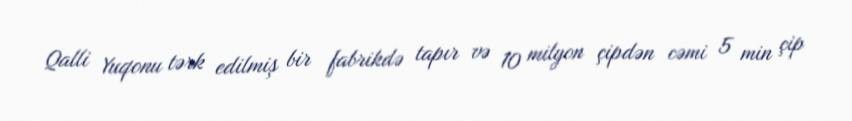
Qalli Yuqonu tərk edilmiş bir fabrikdə tapır və 10 milyon çipdən cəmi 5 min çip